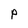
Character: P